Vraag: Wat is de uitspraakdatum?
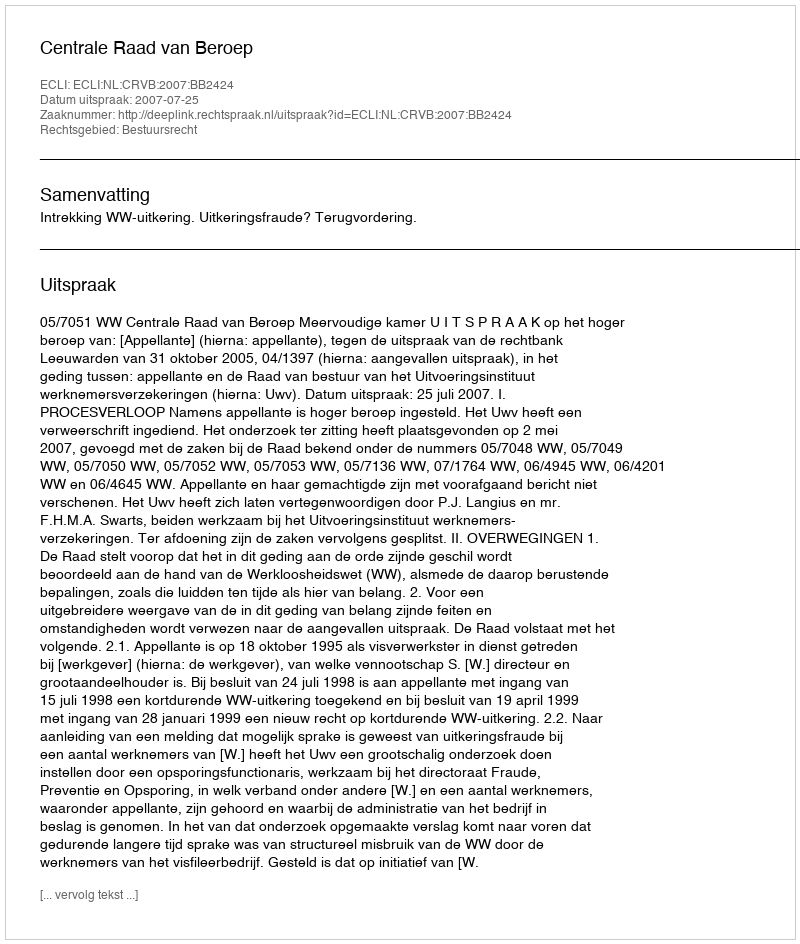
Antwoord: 2007-07-25